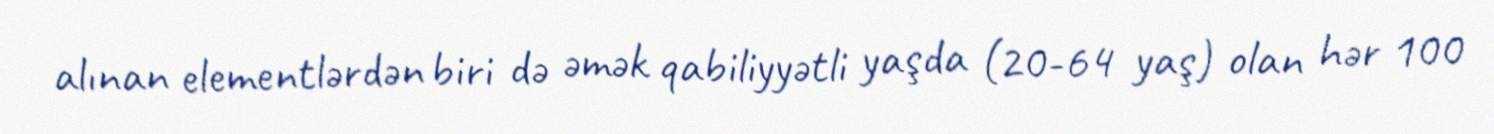
alınan elementlərdən biri də əmək qabiliyyətli yaşda (20-64 yaş) olan hər 100